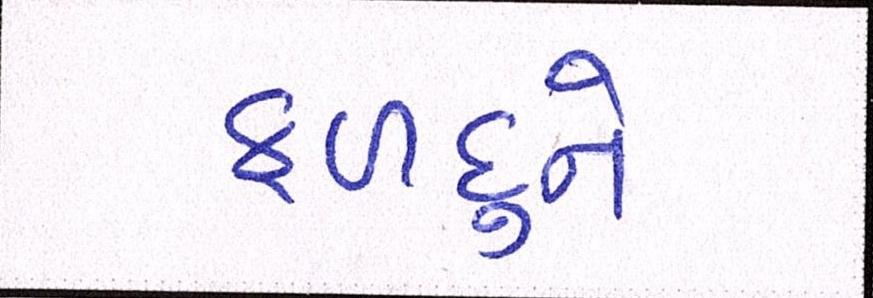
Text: ફળદુને